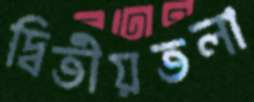
দ্বিতীয়তলা